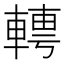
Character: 𨍘